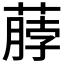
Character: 𫉖